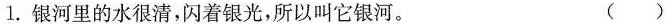
1.银河里的水很清，闪着银光，所以叫它银河。 ()